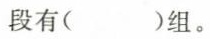
段有（）组。